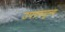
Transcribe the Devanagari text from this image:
उपद्रवमूल्य